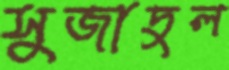
সুজাদুল